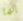
إنها